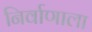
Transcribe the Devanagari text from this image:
निर्वाणाला